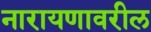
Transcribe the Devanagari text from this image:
नारायणावरील